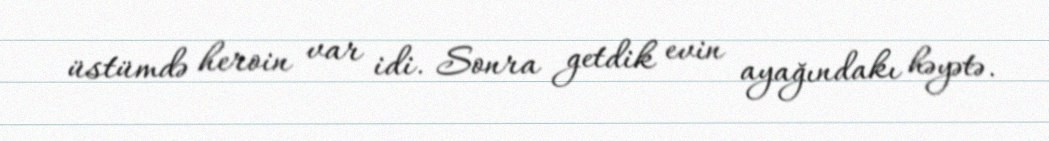
üstümdə heroin var idi. Sonra getdik evin ayağındakı həyətə.